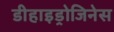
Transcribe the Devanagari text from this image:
डीहाइड्रोजिनेस